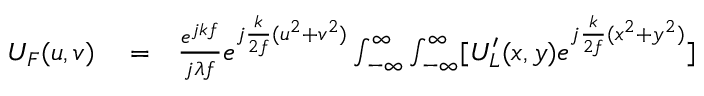
\begin{array} { r l r } { U _ { F } ( u , v ) } & { { } = } & { \frac { e ^ { j k f } } { j \lambda f } e ^ { j \frac { k } { 2 f } ( u ^ { 2 } + v ^ { 2 } ) } \int _ { - \infty } ^ { \infty } \int _ { - \infty } ^ { \infty } [ U _ { L } ^ { \prime } ( x , y ) e ^ { j \frac { k } { 2 f } ( x ^ { 2 } + y ^ { 2 } ) } ] } \end{array}